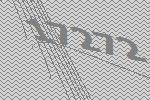
17272